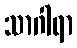
သာဂါရာ